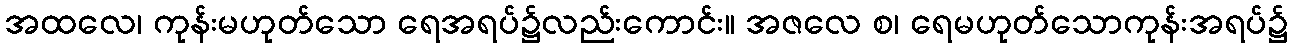
အထလေ၊ ကုန်းမဟုတ်သော ရေအရပ်၌လည်းကောင်း။ အဇလေ စ၊ ရေမဟုတ်သောကုန်းအရပ်၌